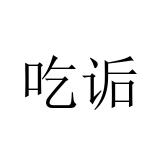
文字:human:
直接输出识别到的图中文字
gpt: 吃诟